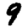
Digit: 9